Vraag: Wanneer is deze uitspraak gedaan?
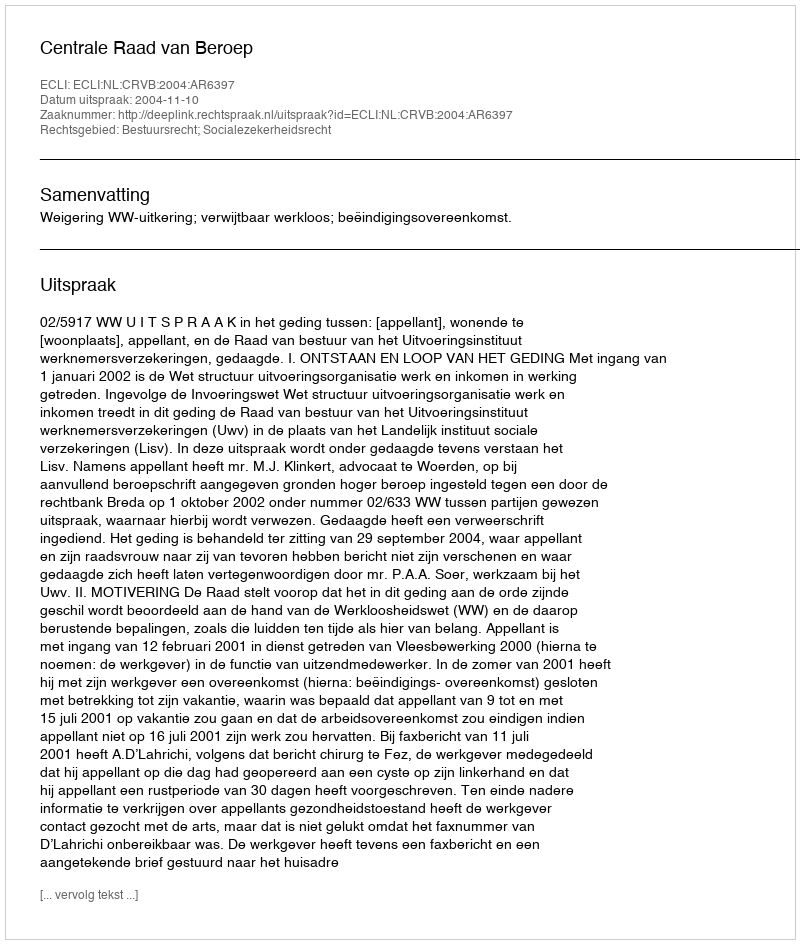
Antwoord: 2004-11-10